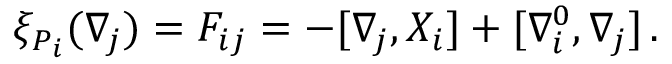
\xi _ { { \cal P } _ { i } } ( \nabla _ { j } ) = F _ { i j } = - [ \nabla _ { j } , X _ { i } ] + [ \nabla _ { i } ^ { 0 } , \nabla _ { j } ] \, .